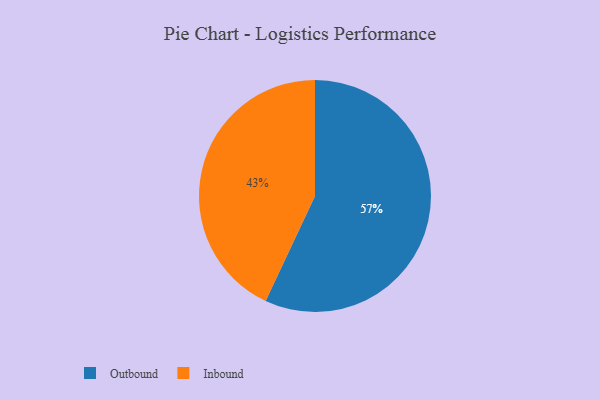
{"axis": {"x": "Category", "y": "Percentage"}, "legend": ["Inbound", "Outbound"], "data": [{"x": "Outbound", "y": 57, "type": "Outbound"}, {"x": "Inbound", "y": 43, "type": "Inbound"}]}